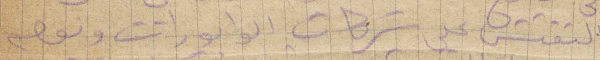
التفتيش عن شركات الوابورات ويوم